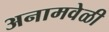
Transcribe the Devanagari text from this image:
अनामवेळी